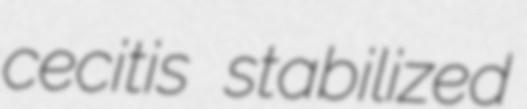
cecitis stabilized